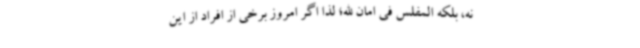
نه، بلکه المفلس فی امان الله؛ لذا اگر امروز برخی از افراد از این